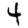
Digit: 4